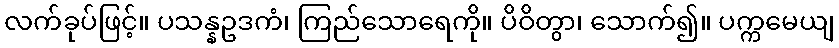
လက်ခုပ်ဖြင့်။ ပသန္နဥဒကံ၊ ကြည်သောရေကို။ ပိဝိတွာ၊ သောက်၍။ ပက္ကမေယျ